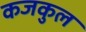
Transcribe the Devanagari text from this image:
कजकुल